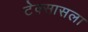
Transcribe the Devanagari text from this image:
टेक्सासला